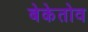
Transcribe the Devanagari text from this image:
बेकेतोव